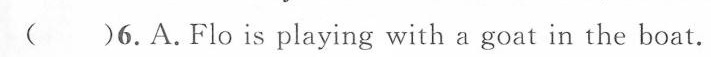
( )6.A.Flo is playing with a goat in the boat.